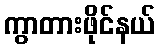
ကွာတားဖိုင်နယ်